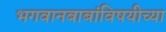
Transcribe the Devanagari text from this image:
भगवानबाबांविषयीच्या